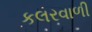
કલરવાળી